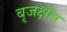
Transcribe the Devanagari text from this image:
बृजक्षेत्र